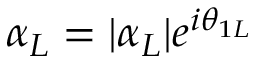
\alpha _ { L } = | \alpha _ { L } | e ^ { i \theta _ { 1 L } }